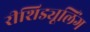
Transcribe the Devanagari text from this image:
रीशिड्यूलिंग